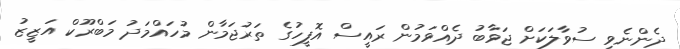
ދެންނެވި ސުވާލަކަށް ޖަވާބު ދެއްވަމުން ރައީސް އޮފީހުގެ ތަރުޖަމާން މުހައްމަދު މަބްރޫކް އަޒީޒު